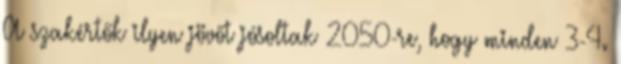
A szakértők ilyen jövőt jósoltak 2050-re, hogy minden 3-4.